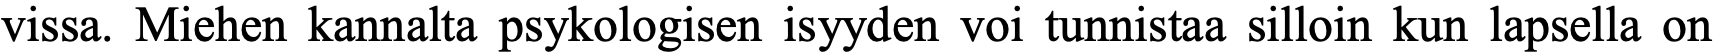
vissa. Miehen kannalta psykologisen isyyden voi tunnistaa silloin kun lapsella on